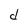
Character: d